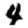
Digit: 4